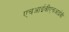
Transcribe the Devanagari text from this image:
एचआईवीएचआईवी